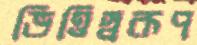
ভিত্তিস্বরূপ